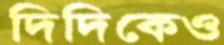
দিদিকেও